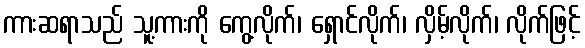
ကားဆရာသည် သူ့ကားကို ကွေ့လိုက်၊ ရှောင်လိုက်၊ လှိမ့်လိုက်၊ လိုက်ဖြင့်